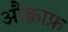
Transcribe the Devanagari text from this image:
औक़ाफ़